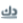
دك